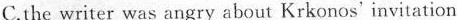
C.the writer was angry about Krkonos' invitation